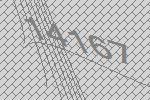
14167